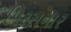
પિરસનાર